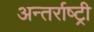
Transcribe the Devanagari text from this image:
अन्तर्राष्ट्री